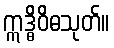
ဣဒ္ဓိဝိဓသုတ်။